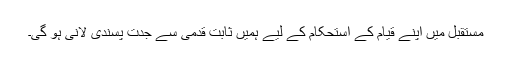
مستقبل میں اپنے قیام کے استحکام کے لیے ہمیں ثابت قدمی سے جدت پسندی لانی ہو گی۔